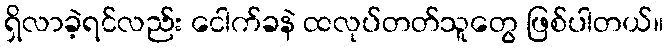
ရှိလာခဲ့ရင်လည်း ငေါက်ခနဲ ထလုပ်တတ်သူတွေ ဖြစ်ပါတယ်။